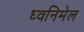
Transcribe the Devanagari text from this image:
ध्वनिमेल